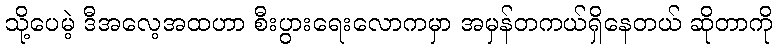
သို့ပေမဲ့ ဒီအလေ့အထဟာ စီးပွားရေးလောကမှာ အမှန်တကယ်ရှိနေတယ် ဆိုတာကို